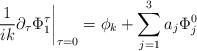
LaTeX: \begin{align*}\frac{1}{ik}\partial_{\tau}\Phi_{1}^{\tau}\bigg|_{\tau = 0} = \phi_{k} + \sum_{j = 1}^{3}a_{j}\Phi_{j}^{0}\end{align*}